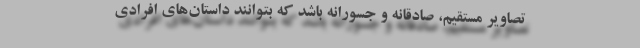
تصاویر مستقیم، صادقانه و جسورانه باشد که بتوانند داستان‌های افرادی